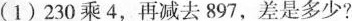
(1)230乘4，再减去897，差是多少?